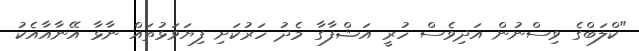
"ކްލަބްގެ ވިސްނުން އަދިވެސް ހުރީ އަޝްފާގާ މެދު ހަރުކަށި ފިޔަވަޅުތައް ނާޅާ އޭނާއާއެކު